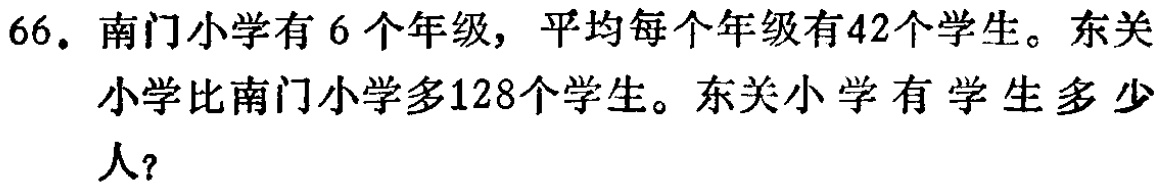
66. 南门小学有6个年级，平均每个年级有42个学生。东关小学比南门小学多128个学生。东关小学有学生多少人？